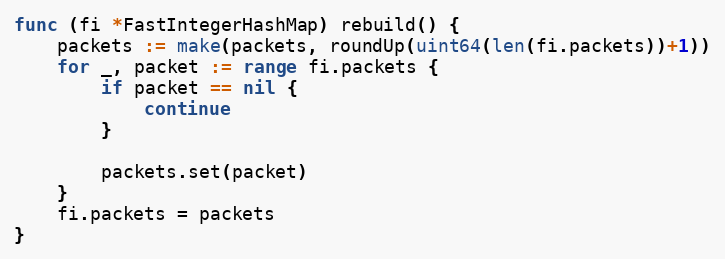
Language: Go
func (fi *FastIntegerHashMap) rebuild() {
	packets := make(packets, roundUp(uint64(len(fi.packets))+1))
	for _, packet := range fi.packets {
		if packet == nil {
			continue
		}

		packets.set(packet)
	}
	fi.packets = packets
}